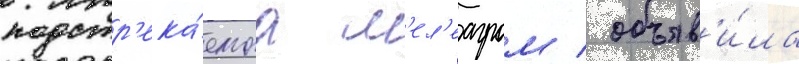
подстр'ека́емаа м'ел'еагром / объяв'и́ла